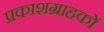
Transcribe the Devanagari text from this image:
प्रकाशग्राहकों